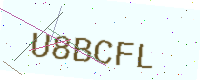
Text: U8BCFL